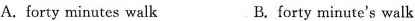
A. forty minutes walk B. forty minute's walk